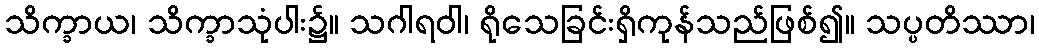
သိက္ခာယ၊ သိက္ခာသုံပါး၌။ သဂါရဝါ၊ ရိုသေခြင်းရှိကုန်သည်ဖြစ်၍။ သပ္ပတိဿာ၊